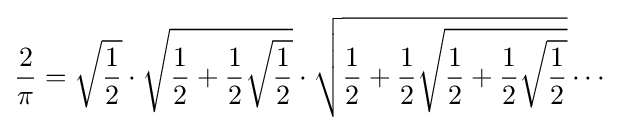
{\frac {2}{\pi }}={\sqrt {\frac {1}{2}}}\cdot {\sqrt {{\frac {1}{2}}+{\frac {1}{2}}{\sqrt {\frac {1}{2}}}}}\cdot {\sqrt {{\frac {1}{2}}+{\frac {1}{2}}{\sqrt {{\frac {1}{2}}+{\frac {1}{2}}{\sqrt {\frac {1}{2}}}}}}}\cdots